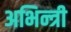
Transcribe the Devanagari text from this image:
अभिन्त्री